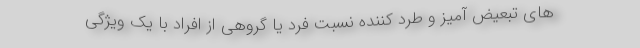
های تبعیض آمیز و طرد کننده نسبت فرد یا گروهی از افراد با یک ویژگی